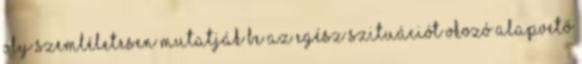
oly szemléletesen mutatják be az egész szituációt okozó alapvető